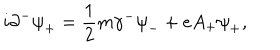
i { \partial } ^ { - } { \psi } _ { + } = \frac { 1 } { 2 } m { \gamma } ^ { - } { \psi } _ { - } + e A _ { + } { \psi } _ { + } ,